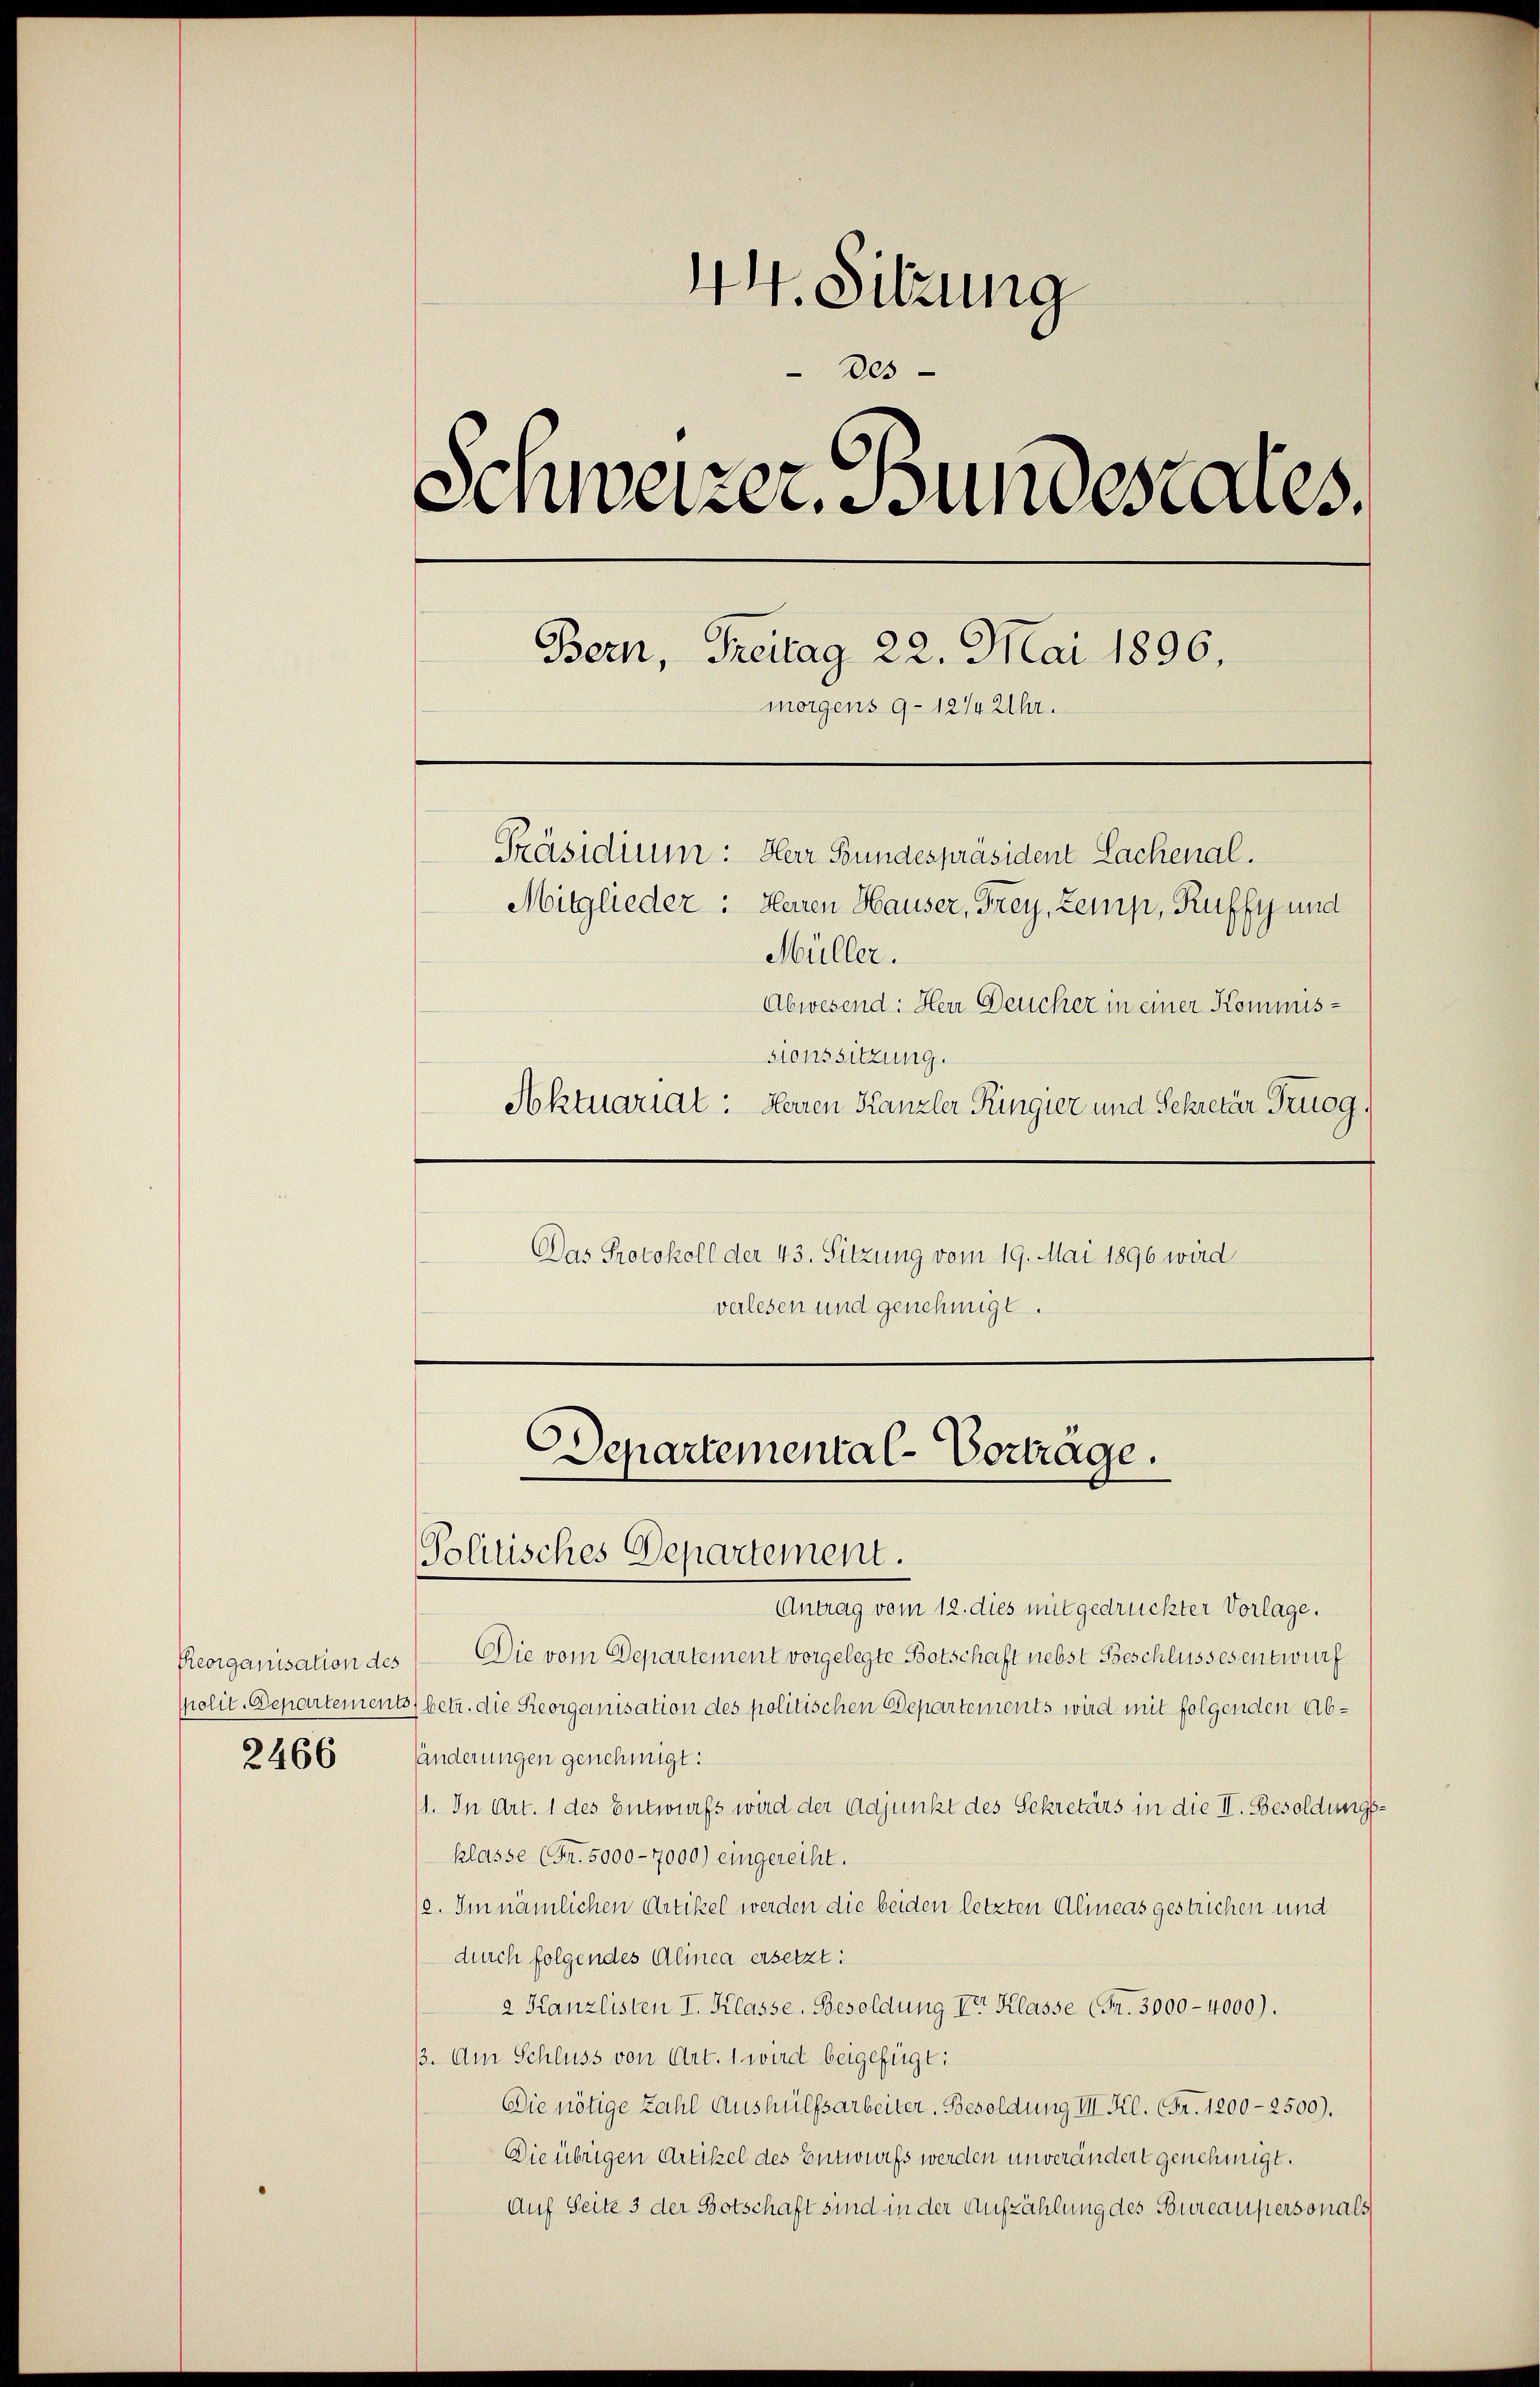
Reorganisation des
2466

44. Sitzung
Des
Schweizer. Bundescales.
Bern, Freitag 22. Mai 1896.
morgens 9-12/4 Uhr.
Präsidium: Herr Bundespräsident Lachenal.
Mitglieder: Herren Hauser, Frey, Zemp, Ruffy und
Müller.
Abwesend: Herr Deucher in einer Kommis-
sionssitzung.
Soktuariat: Herren Kanzler Ringier und Sekretär Truog,

Das Protokoll der 43. Sitzung vom 19. Mai 1896 wird
verlesen und genehmigt.

Departemental-Vorträge.
Politisches Departement.

Antrag vom 12. dies mit gedruckter Vorlage.
Die vom Departement vorgelegte Botschaft nebst Beschlussesentwurf
spolit-Departements) betr. die Reorganisation des politischen Departements wird mit folgenden Abhänderungen genehmigt:
11. In Art. 1 des Entwurfs wird der Adjunkt des Sekretärs in die II. Besoldungsklasse (Fr. 5000 - 7000) eingereiht.
(2. Im nämlichen Artikel werden die beiden letzten Alineas gestrichen und
durch folgendes Alinea ersetzt:
2 Kanzlisten I. Klasse. Besoldung Vor Klasse (Fr. 3000 - 4000).
. Am Schluss von Art. 1 wird beigefügt:
Die nötige Zahl Aushülfsarbeiter. Besoldung III. Kl. Fr. 1200-2500).
Die übrigen Artikel des Entwurfs werden unverändert genehmigt.
Auf Seite 3 der Botschaft sind in der Aufzählung des Bureaupersonals